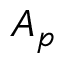
A _ { p }